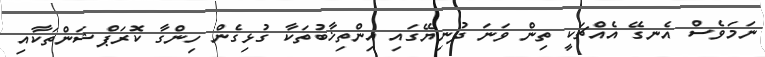
ނަމަވެސް އެނގޭ އެއްޗަކީ ތިން ވަނަ ދުނިޔޭގައި އިންތިޚާބުތަކާ ގުޅިގެން ހިންގާ ކޮރަޕްޝަންތަކާއި